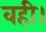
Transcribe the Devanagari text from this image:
वही।